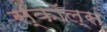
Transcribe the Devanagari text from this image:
स्कॉल्स